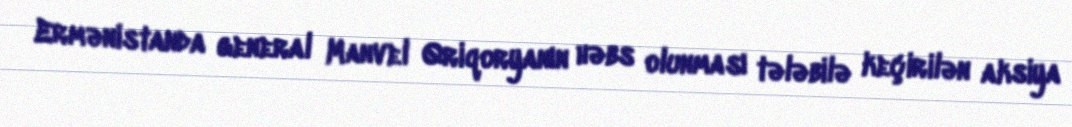
Ermənistanda general Manvel Qriqoryanın həbs olunması tələbilə keçirilən aksiya